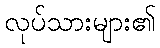
လုပ်သားများ၏